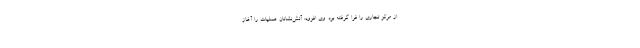
از مرکز تجاری را فرا گرفته بود. وی افزود: آتش‌نشانان عملیات را آغاز